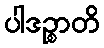
ပါဒဉ္စာတိ